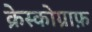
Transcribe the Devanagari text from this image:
क्रेस्कोग्राफ़